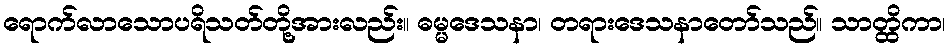
ရောက်လာသောပရိသတ်တို့အားလည်း။ ဓမ္မဒေသနာ၊ တရားဒေသနာတော်သည်။ သာတ္ထိကာ၊